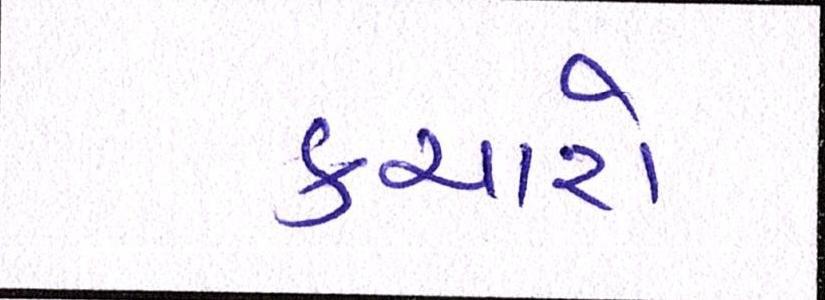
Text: કચારો